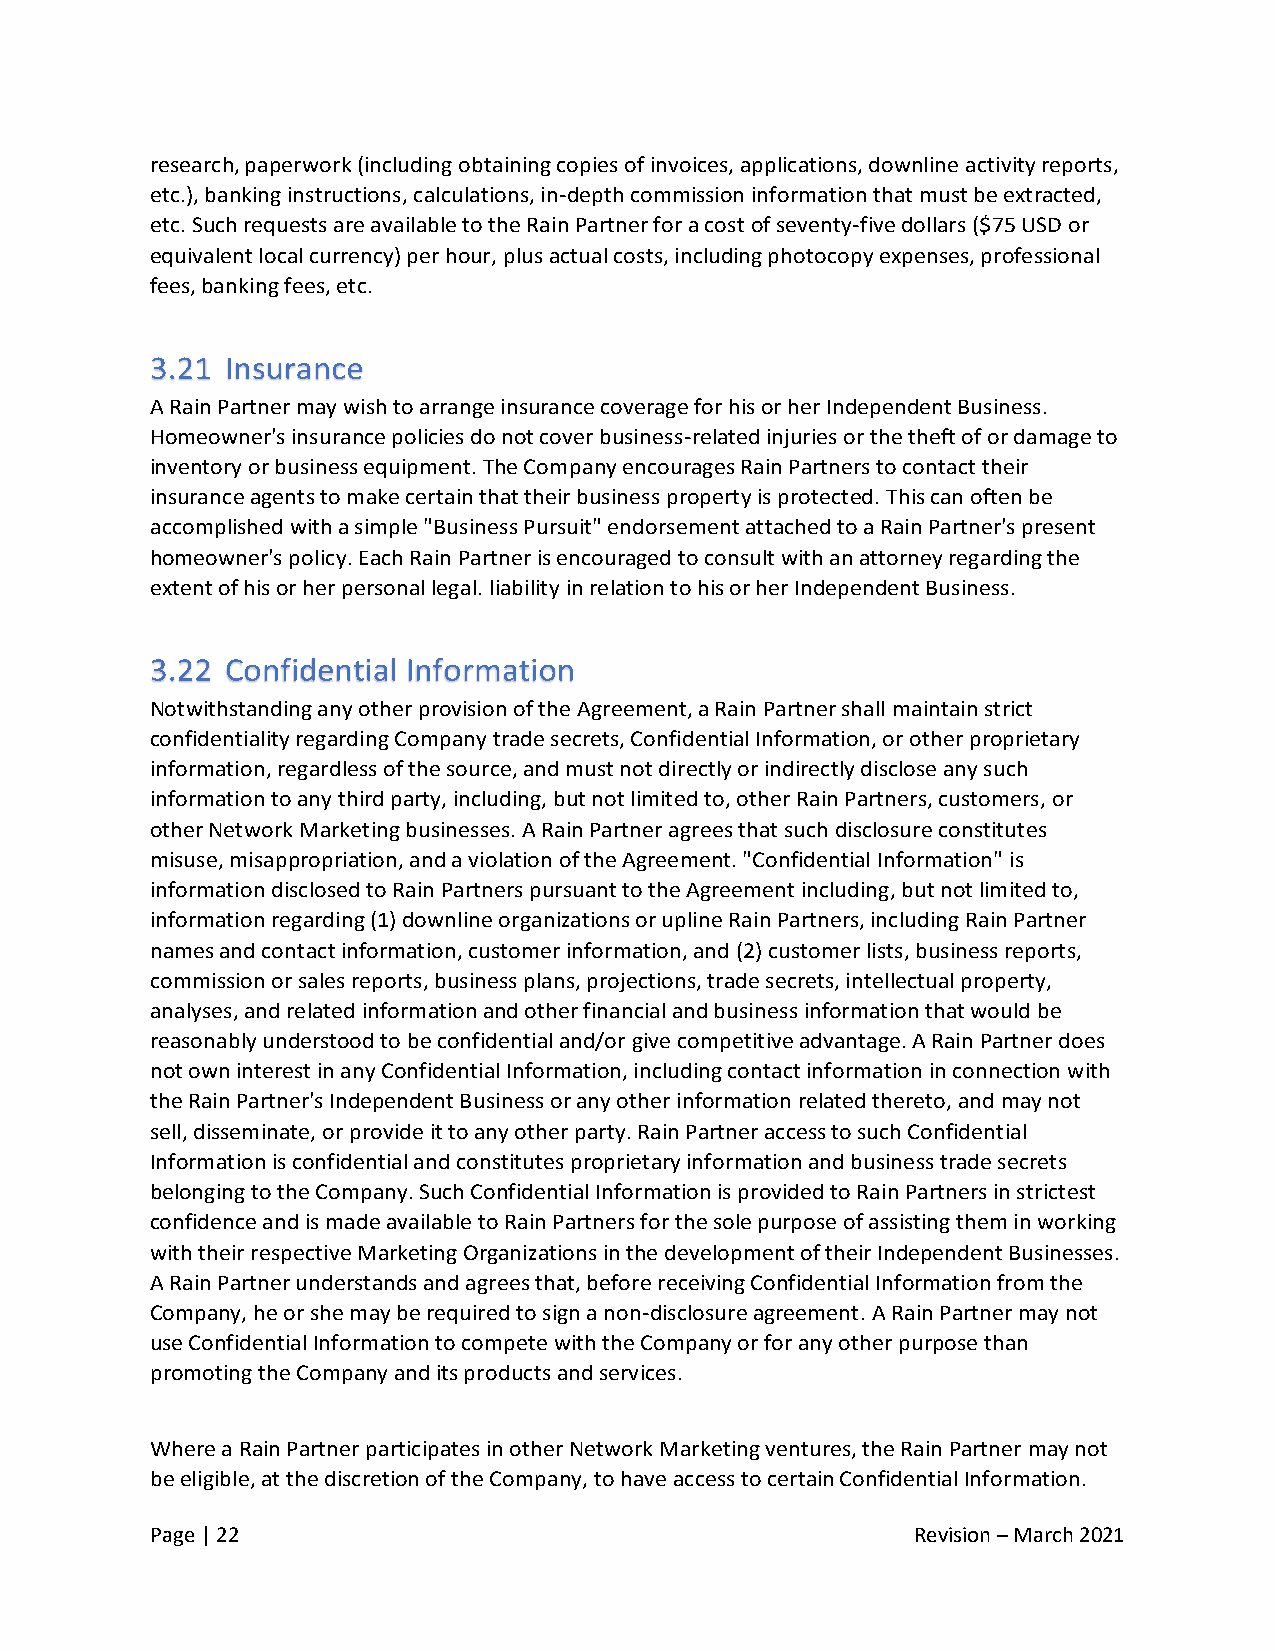
research, paperwork (including obtaining copies of invoices, applications, downline activity reports,
 etc.), banking instructions, calculations, in-depth commission information that must be extracted,
 etc. Such requests are available to the Rain Partner for a cost of seventy-five dollars ($75 USD or
 equivalent local currency) per hour, plus actual costs, including photocopy expenses, professional
 fees, banking fees, etc.
 A Rain Partner may wish to arrange insurance coverage for his or her Independent Business.
 Homeowner's insurance policies do not cover business-related injuries or the theft of or damage to
 inventory or business equipment. The Company encourages Rain Partners to contact their
 insurance agents to make certain that their business property is protected. This can often be
 accomplished with a simple "Business Pursuit" endorsement attached to a Rain Partner's present
 homeowner's policy. Each Rain Partner is encouraged to consult with an attorney regarding the
 extent of his or her personal legal. liability in relation to his or her Independent Business.
 Notwithstanding any other provision of the Agreement, a Rain Partner shall maintain strict
 confidentiality regarding Company trade secrets, Confidential Information, or other proprietary
 information, regardless of the source, and must not directly or indirectly disclose any such
 information to any third party, including, but not limited to, other Rain Partners, customers, or
 other Network Marketing businesses. A Rain Partner agrees that such disclosure constitutes
 misuse, misappropriation, and a violation of the Agreement. "Confidential Information" is
 information disclosed to Rain Partners pursuant to the Agreement including, but not limited to,
 information regarding (1) downline organizations or upline Rain Partners, including Rain Partner
 names and contact information, customer information, and (2) customer lists, business reports,
 commission or sales reports, business plans, projections, trade secrets, intellectual property,
 analyses, and related information and other financial and business information that would be
 reasonably understood to be confidential and/or give competitive advantage. A Rain Partner does
 not own interest in any Confidential Information, including contact information in connection with
 the Rain Partner's Independent Business or any other information related thereto, and may not
 sell, disseminate, or provide it to any other party. Rain Partner access to such Confidential
 Information is confidential and constitutes proprietary information and business trade secrets
 belonging to the Company. Such Confidential Information is provided to Rain Partners in strictest
 confidence and is made available to Rain Partners for the sole purpose of assisting them in working
 with their respective Marketing Organizations in the development of their Independent Businesses.
 A Rain Partner understands and agrees that, before receiving Confidential Information from the
 Company, he or she may be required to sign a non-disclosure agreement. A Rain Partner may not
 use Confidential Information to compete with the Company or for any other purpose than
 promoting the Company and its products and services.
 Where a Rain Partner participates in other Network Marketing ventures, the Rain Partner may not
 be eligible, at the discretion of the Company, to have access to certain Confidential Information.
 Page | 22                                          Revision – March 2021